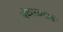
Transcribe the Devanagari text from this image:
अंकारसवार्ड